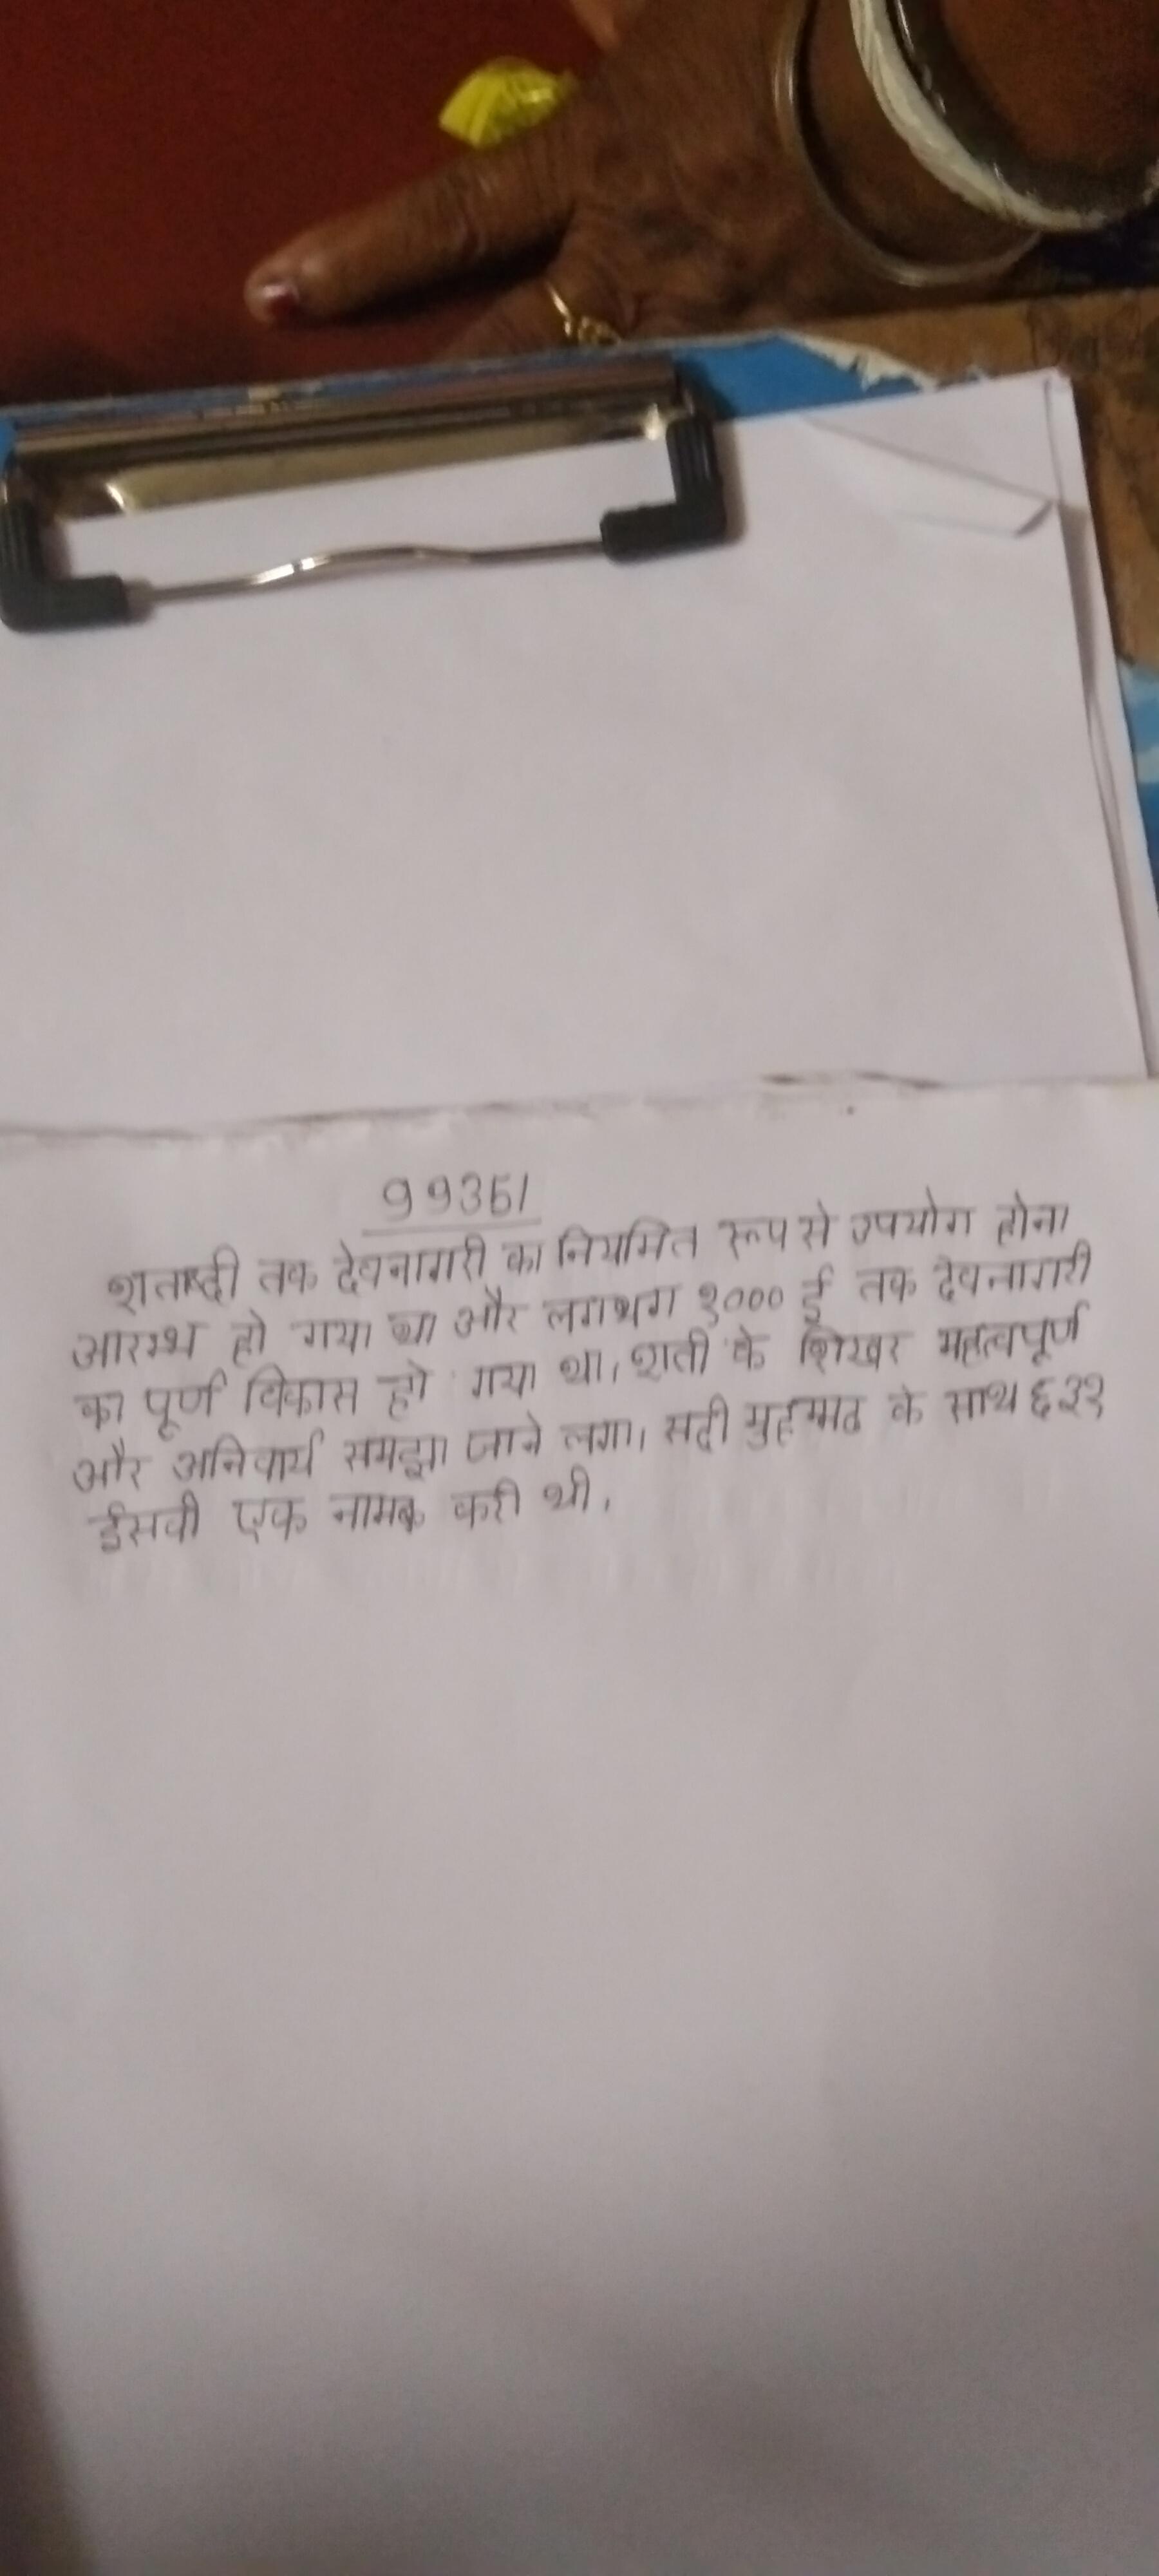
शताब्दी तक देवनागरी का नियमित रूप से उपयोग होना आरम्भ हो गया था और लगभग १००० ई तक देवनागरी का पूर्ण विकास हो गया था । शती के शिखर महत्वपूर्ण और अनिवार्य समझा जाने लगा । सदी मुहम्मद के साथ ६३१ ईसवी एक नामक करी थी ।